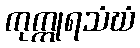
ကုက္ကုရသံဃံ